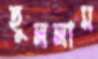
ছুললাম